Civil Veterinary Department Bihar & Orissa reports 1929-36 - 1929-1936
Year: 1929
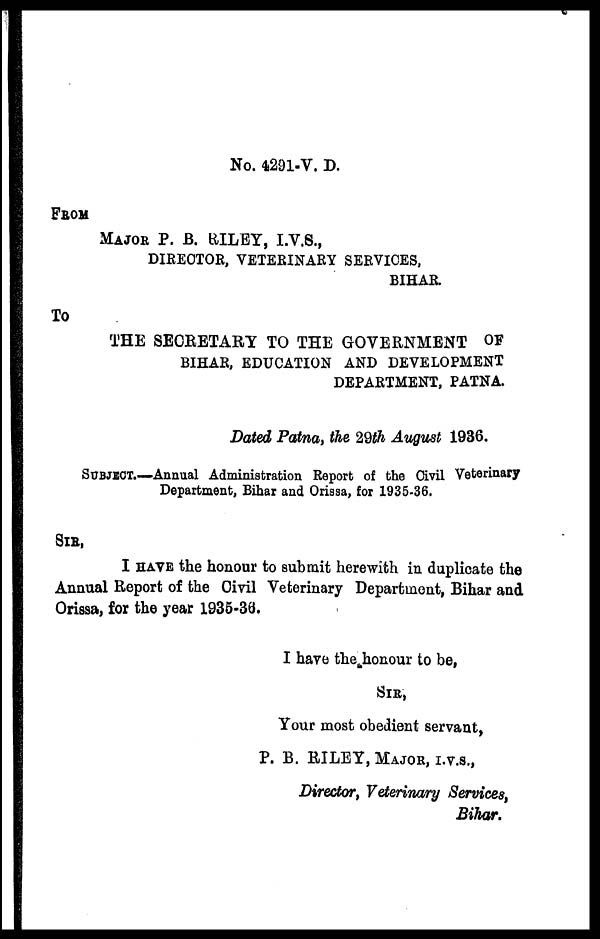
No. 4291-V. D.
FROM
MAJOR P. B. KILEY, I.V.S.,
DIRECTOR, VETERINARY SERVICES,
BIHAR.
TO
THE SECRETARY TO THE GOVERNMENT OF
BIHAR, EDUCATION AND DEVELOPMENT
DEPARTMENT, PATNA.
Dated Patna, the 29th August 1936.
SUBJECT.—Annual Administration Report of the Civil Veterinary
Department, Bihar and Orissa, for 1935-36.
SIR,
I HAVE the honour to submit herewith in duplicate the
Annual Report of the Civil Veterinary Department, Bihar and
Orissa, for the year 1935-36.
I have the honour to be,
SIR,
Your most obedient servant,
P. B. RILEY, MAJOR, I.V.S.,
Director, Veterinary Services,
Bihar.